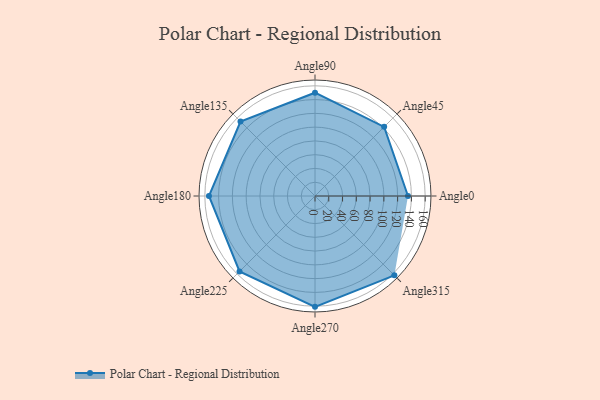
{"axis": {"x": "Angle", "y": "Radius"}, "legend": [""], "data": [{"x": "Angle0", "y": 135.0, "type": ""}, {"x": "Angle45", "y": 142.0, "type": ""}, {"x": "Angle90", "y": 150.0, "type": ""}, {"x": "Angle135", "y": 153.0, "type": ""}, {"x": "Angle180", "y": 154.0, "type": ""}, {"x": "Angle225", "y": 155.0, "type": ""}, {"x": "Angle270", "y": 161.0, "type": ""}, {"x": "Angle315", "y": 163.0, "type": ""}]}